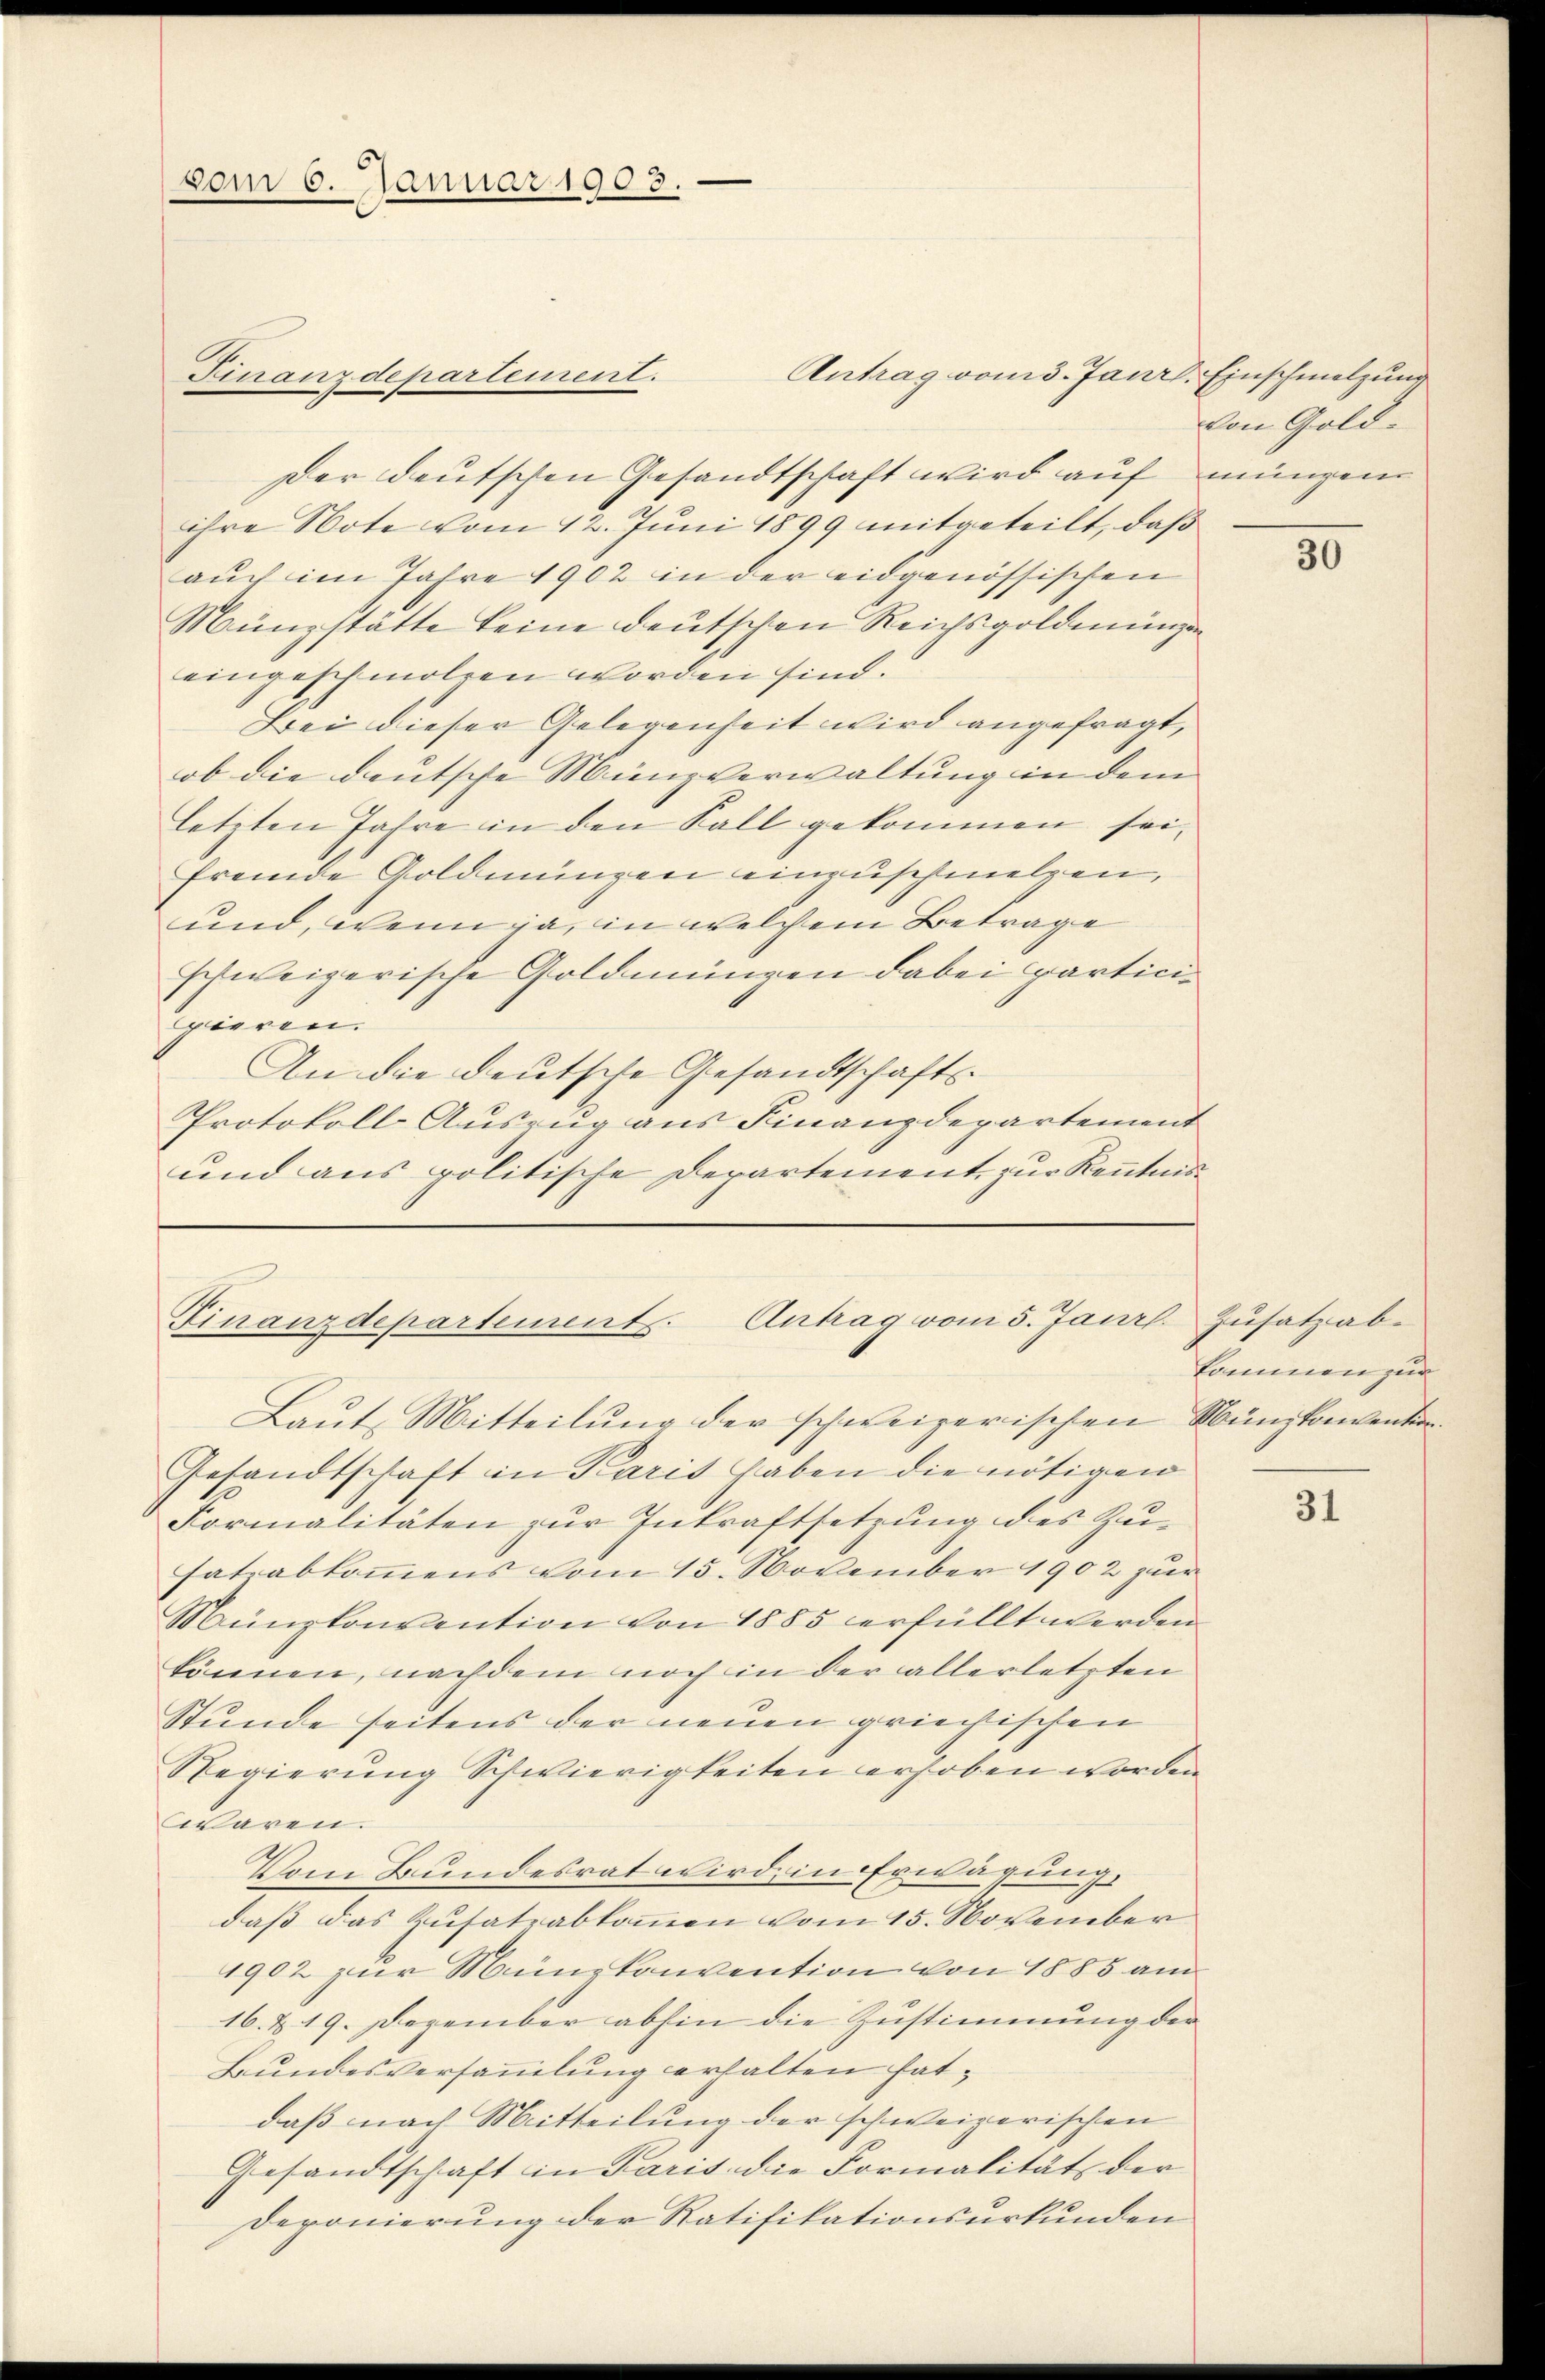
vom 6. Januar 1903.

Antrag vom 3. Janr. Einschmelzung
ihre Note vom 12. Juni 1899 mitgeteilt, daß
auch im Jahre 1902 in der eidgenössischen
Münzstätte keine deutschen Reichsgoldmungen
eingeschmolren worden sind.
Bei dieser Gelegenheit wird angefragt,
ob die deutsche Minzverwaltung in dem
letzten Jahre in den Fall gekommen sei,
fremde Goldmungen einzuschmelzen,
und, wenn ja, in welchem Betrage
schweizerische Goldmünzen dabei particie
pieren.
An die deutsche Gesandtschafts-
Protokoll-Auszug aus Finanzdepartement
und aus politische Departement zur Kenntnis¬

Finanzdepartement.

Der deutschen Gesandtschaft wird auf müngen

Finanzdepartements. Antrag vom 5. Janr. Zŭsatz ab-

Laut Mitteilung der schweizerischen Münzkonventin.
Gesandtschaft in Paris haben die nötigen
Formalitäten zur Inkraftsetzung des Zu-
satzabkommens vom 15. November 1902 zur
Münzkonvention von 1885 erfüllt werden.
können, nachdem noch in der allerletzten
Stunde seitens der neuen griechischen
Regierung Schwierigkeiten erhoben worden
wären.
Vom Bundesrat wird, in Erwägung,
daß das Kusatrabkommen vom 15. November
1902 zur Münzkonvention von 1885 am
16. d. 19. Dezember abhin die Zustimmung der
Bundesversammlung erhalten hat,
daß nach Mitteilung der schweizerischen
Gesandtschaft in Paris die Formalität der
Deponierung der Ratifikationsurkunden

von Gold-

50

kommen zur

31